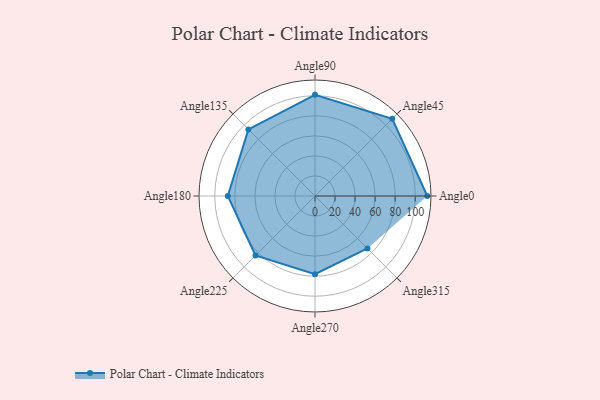
{"axis": {"x": "Angle", "y": "Radius"}, "legend": [""], "data": [{"x": "Angle0", "y": 112.0, "type": ""}, {"x": "Angle45", "y": 109.0, "type": ""}, {"x": "Angle90", "y": 101.0, "type": ""}, {"x": "Angle135", "y": 94.0, "type": ""}, {"x": "Angle180", "y": 87.0, "type": ""}, {"x": "Angle225", "y": 84.0, "type": ""}, {"x": "Angle270", "y": 78.0, "type": ""}, {"x": "Angle315", "y": 74.0, "type": ""}]}